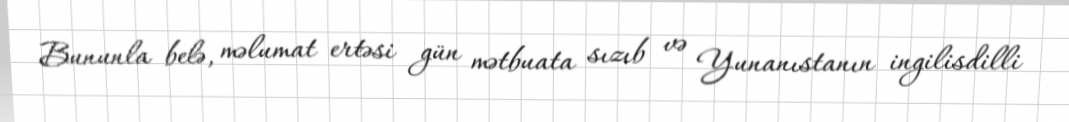
Bununla belə, məlumat ertəsi gün mətbuata sızıb və Yunanıstanın ingilisdilli